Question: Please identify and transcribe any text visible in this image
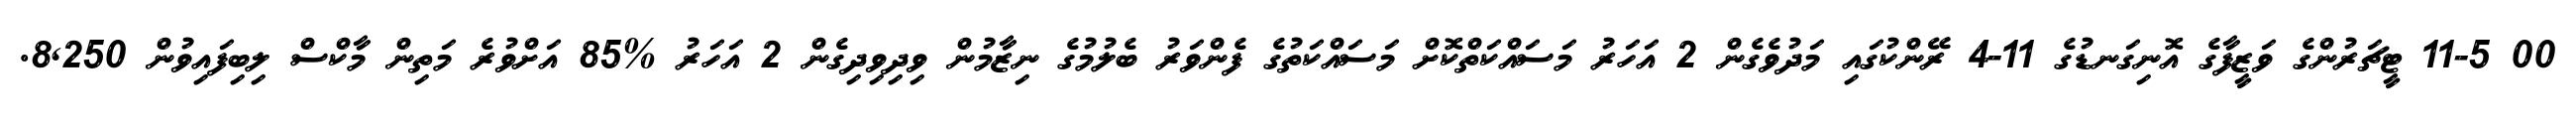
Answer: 00 11-5 ޓީޗަރުންގެ ވަޒީފާގެ އޮނިގަނޑުގެ 11-4 ރޭންކުގައި މަދުވެގެން 2 އަހަރު މަސައްކަތްކޮށް މަސައްކަތުގެ ފެންވަރު ބެލުމުގެ ނިޒާމުން ވިދިވިދިގެން 2 އަހަރު %85 އަށްވުރެ މަތިން މާކްސް ލިބިފައިވުން 8,250.